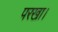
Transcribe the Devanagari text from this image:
परखा।